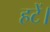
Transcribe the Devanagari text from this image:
हटें।